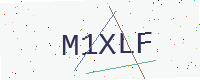
Text: M1XLF